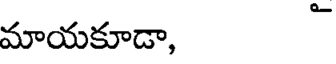
మాయకూడా, -